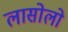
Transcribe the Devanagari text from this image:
लासोलो